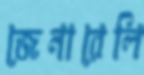
জেনারেলি